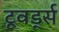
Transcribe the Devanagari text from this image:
टूवर्ड्स